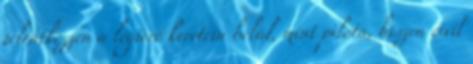
jelentkezzen a légierő keretein belül, mint pilóta, hiszen civil